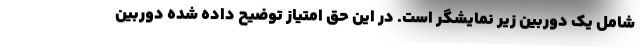
شامل یک دوربین زیر نمایشگر است. در این حق امتیاز توضیح داده شده دوربین